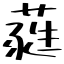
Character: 蕤